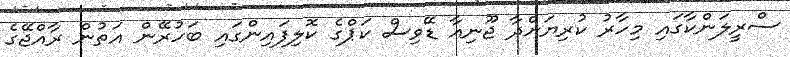
ސްރީލަންކާގައި މިހާރު ކުރިޔަށްދާ ޖޫނިއާ ޑޭވިސް ކަޕްގެ ކޮލިފައިންގައި ބަހުރޭން އަތުން ރާއްޖޭގެ